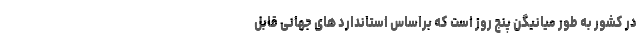
در کشور به طور میانیگن پنج روز است که براساس استاندارد های جهانی قابل